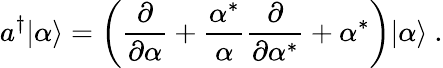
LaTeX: a^{\dagger}|\alpha\rangle=\left({\frac{\partial}{\partial\alpha}}+{\frac{\alpha^{*}}{\alpha}}{\frac{\partial}{\partial\alpha^{*}}}+\alpha^{*}\right)|\alpha\rangle~.